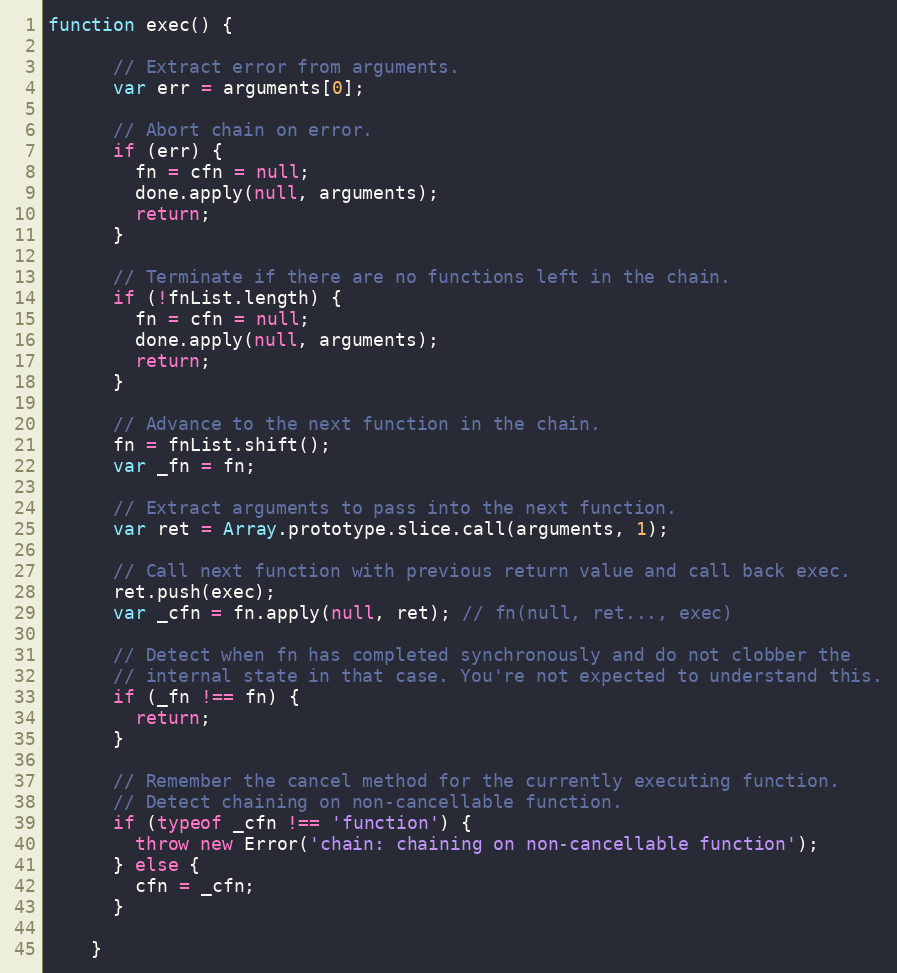
Language: JavaScript
function exec() {

      // Extract error from arguments.
      var err = arguments[0];

      // Abort chain on error.
      if (err) {
        fn = cfn = null;
        done.apply(null, arguments);
        return;
      }

      // Terminate if there are no functions left in the chain.
      if (!fnList.length) {
        fn = cfn = null;
        done.apply(null, arguments);
        return;
      }

      // Advance to the next function in the chain.
      fn = fnList.shift();
      var _fn = fn;

      // Extract arguments to pass into the next function.
      var ret = Array.prototype.slice.call(arguments, 1);

      // Call next function with previous return value and call back exec.
      ret.push(exec);
      var _cfn = fn.apply(null, ret); // fn(null, ret..., exec)

      // Detect when fn has completed synchronously and do not clobber the
      // internal state in that case. You're not expected to understand this.
      if (_fn !== fn) {
        return;
      }

      // Remember the cancel method for the currently executing function.
      // Detect chaining on non-cancellable function.
      if (typeof _cfn !== 'function') {
        throw new Error('chain: chaining on non-cancellable function');
      } else {
        cfn = _cfn;
      }

    }